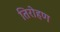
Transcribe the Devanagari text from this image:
तिरोहण